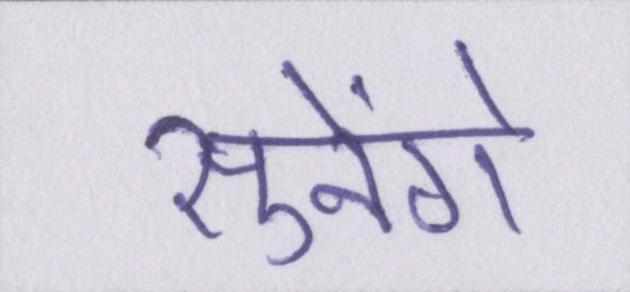
सुनेंगे